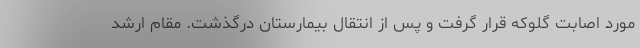
مورد اصابت گلوکه قرار گرفت و پس از انتقال بیمارستان درگذشت. مقام ارشد